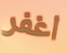
اغفر